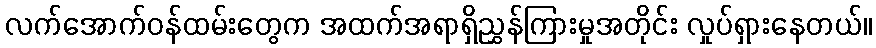
လက်အောက်ဝန်ထမ်းတွေက အထက်အရာရှိညွှန်ကြားမှုအတိုင်း လှုပ်ရှားနေတယ်။